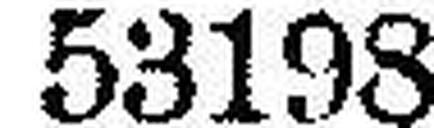
53198